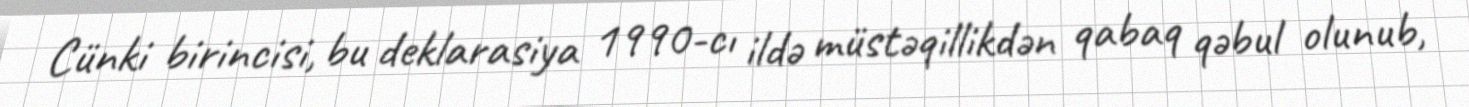
Cünki birincisi, bu deklarasiya 1990-cı ildə müstəqillikdən qabaq qəbul olunub,